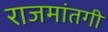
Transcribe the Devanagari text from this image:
राजमांतगी